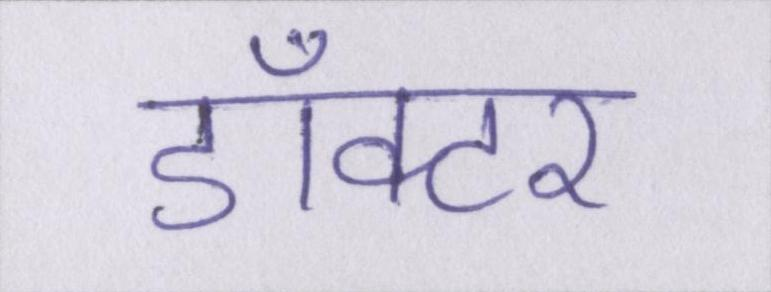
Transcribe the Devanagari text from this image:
डाँक्टर